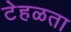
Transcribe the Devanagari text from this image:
टेहळता